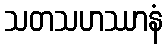
သတသဟဿာနံ